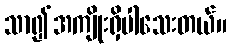
သာ၍အကျိုးရှိပါသေးတယ်။